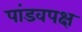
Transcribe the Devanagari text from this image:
पांडवपक्ष